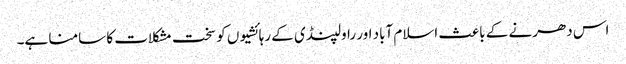
اس دھرنے کے باعث اسلام آباد اور راولپنڈی کے رہائشیوں کو سخت مشکلات کا سامنا ہے۔